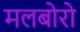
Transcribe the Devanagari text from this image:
मलबोरो